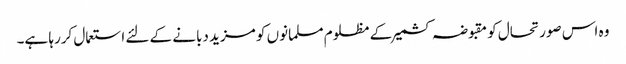
وہ اس صورتحال کو مقبوضہ کشمیر کے مظلوم مسلمانوں کو مزید دبانے کے لئے استعمال کررہا ہے۔